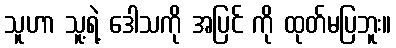
သူဟာ သူ့ရဲ့ ဒေါသကို အပြင် ကို ထုတ်မပြဘူး။